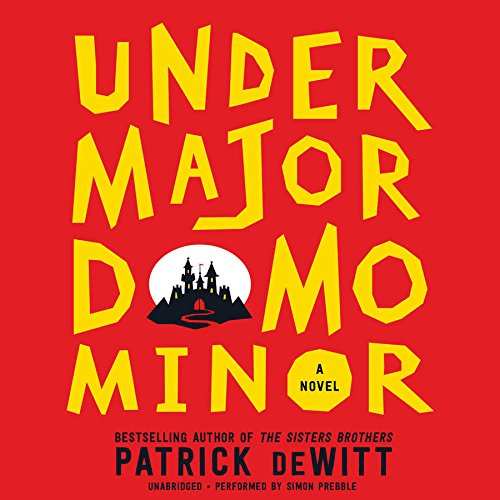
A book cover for Undermajordomo Minor: A Novel; Patrick deWitt; Science Fiction & Fantasy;